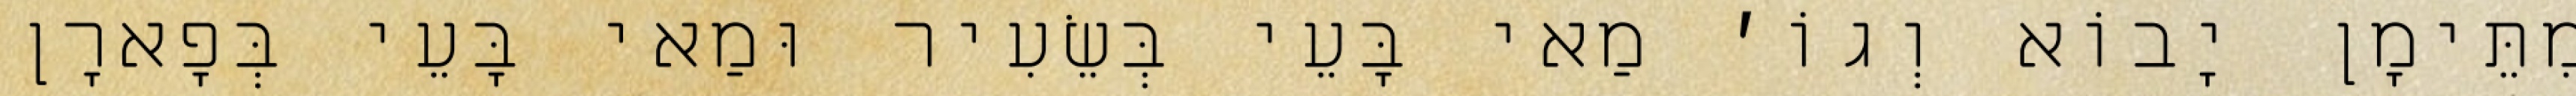
מִתֵּימָן יָבוֹא וְגוֹ׳ מַאי בָּעֵי בְּשֵׂעִיר וּמַאי בָּעֵי בְּפָארָן